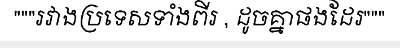
"""រវាងប្រទេសទាំងពីរ , ដូចគ្នាផងដែរ"""